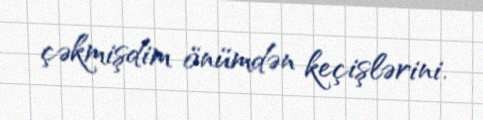
çəkmişdim önümdən keçişlərini.